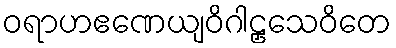
ဝရာဟဧဏေယျဝိဂါဠှသေဝိတေ